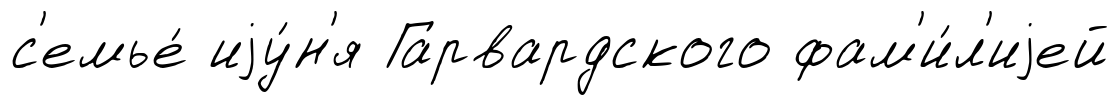
с'емье́ иjу́н'я Гарвардского фам'и́л'иjей